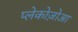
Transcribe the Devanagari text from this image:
प्लेकोज़ोआ